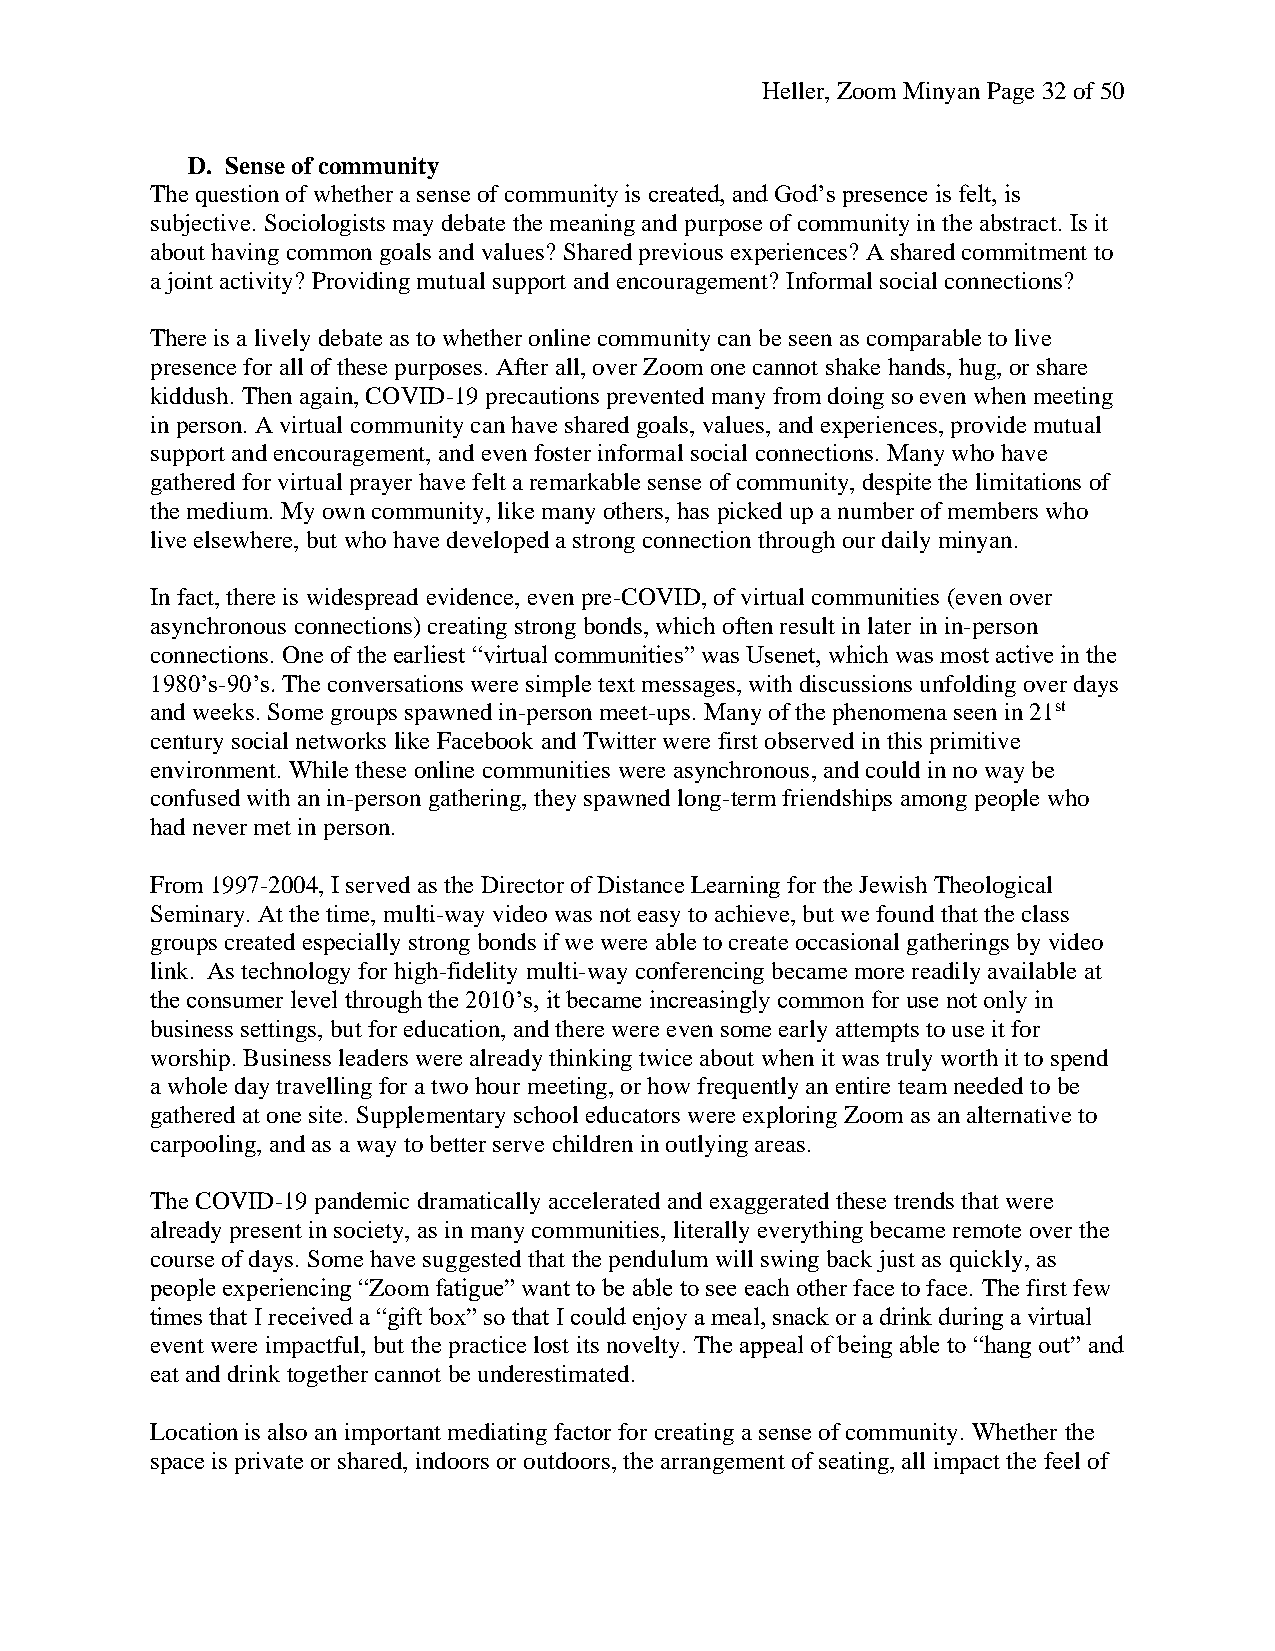
Heller, Zoom Minyan Page 32 of 50
 D. Sense of community
 The question of whether a sense of community is created, and God’s presence is felt, is
 subjective. Sociologists may debate the meaning and purpose of community in the abstract. Is it
 about having common goals and values? Shared previous experiences? A shared commitment to
 a joint activity? Providing mutual support and encouragement? Informal social connections?
 There is a lively debate as to whether online community can be seen as comparable to live
 presence for all of these purposes. After all, over Zoom one cannot shake hands, hug, or share
 kiddush. Then again, COVID-19 precautions prevented many from doing so even when meeting
 in person. A virtual community can have shared goals, values, and experiences, provide mutual
 support and encouragement, and even foster informal social connections. Many who have
 gathered for virtual prayer have felt a remarkable sense of community, despite the limitations of
 the medium. My own community, like many others, has picked up a number of members who
 live elsewhere, but who have developed a strong connection through our daily minyan.
 In fact, there is widespread evidence, even pre-COVID, of virtual communities (even over
 asynchronous connections) creating strong bonds, which often result in later in in-person
 connections. One of the earliest “virtual communities” was Usenet, which was most active in the
 1980’s-90’s. The conversations were simple text messages, with discussions unfolding over days
 and weeks. Some groups spawned in-person meet-ups. Many of the phenomena seen in 21st
 century social networks like Facebook and Twitter were first observed in this primitive
 environment. While these online communities were asynchronous, and could in no way be
 confused with an in-person gathering, they spawned long-term friendships among people who
 had never met in person.
 From 1997-2004, I served as the Director of Distance Learning for the Jewish Theological
 Seminary. At the time, multi-way video was not easy to achieve, but we found that the class
 groups created especially strong bonds if we were able to create occasional gatherings by video
 link. As technology for high-fidelity multi-way conferencing became more readily available at
 the consumer level through the 2010’s, it became increasingly common for use not only in
 business settings, but for education, and there were even some early attempts to use it for
 worship. Business leaders were already thinking twice about when it was truly worth it to spend
 a whole day travelling for a two hour meeting, or how frequently an entire team needed to be
 gathered at one site. Supplementary school educators were exploring Zoom as an alternative to
 carpooling, and as a way to better serve children in outlying areas.
 The COVID-19 pandemic dramatically accelerated and exaggerated these trends that were
 already present in society, as in many communities, literally everything became remote over the
 course of days. Some have suggested that the pendulum will swing back just as quickly, as
 people experiencing “Zoom fatigue” want to be able to see each other face to face. The first few
 times that I received a “gift box” so that I could enjoy a meal, snack or a drink during a virtual
 event were impactful, but the practice lost its novelty. The appeal of being able to “hang out” and
 eat and drink together cannot be underestimated.
 Location is also an important mediating factor for creating a sense of community. Whether the
 space is private or shared, indoors or outdoors, the arrangement of seating, all impact the feel of